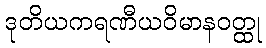
ဒုတိယကရဏီယဝိမာနဝတ္ထု